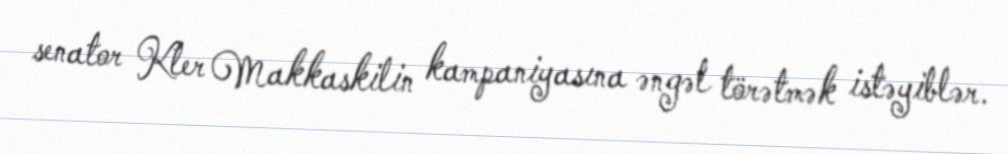
senator Kler Makkaskilin kampaniyasına əngəl törətmək istəyiblər.